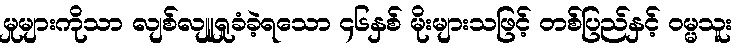
မှုများကိုသာ လျစ်လျူရှုခံခဲ့ရသော ၄၆နှစ် မိုးများသဖြင့် တစ်ပြည်နှင့် ဝမ္မသူး